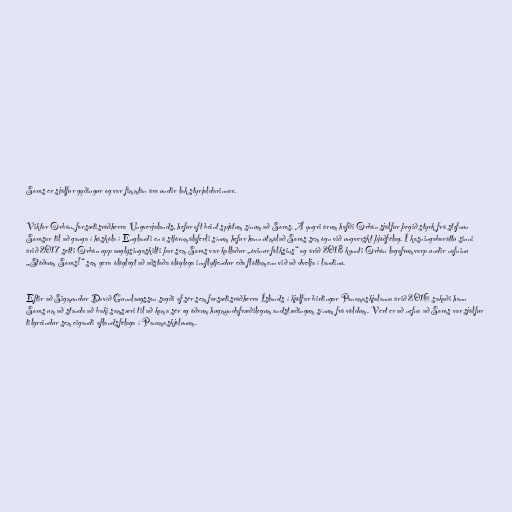
Soros er sjálfur gyðingur og var fimmtán ára undir lok styrjaldarinnar.

Viktor Orbán, forsætisráðherra Ungverjalands, hefur oft beint spjótum sínum að Soros. Á yngri árum hafði Orbán sjálfur þegið styrk frá stofnun
Sorosar til að ganga í háskóla í Englandi en á stjórnmálaferli sínum hefur hann útmálað Soros sem ógn við ungverskt þjóðfélag. Í kosningabaráttu sinni
árið 2017 setti Orbán upp auglýsingaskilti þar sem Soros var kallaður „óvinur fólksins“ og árið 2018 kynnti Orbán lagafrumvarp undir nafninu
„Stöðvum Soros!“ sem gera ólöglegt að aðstoða ólöglega innflytjendur eða flóttamenn við að dvelja í landinu.

Eftir að Sigmundur Davíð Gunnlaugsson sagði af sér sem forsætisráðherra Íslands í kjölfar birtingar Panamaskjalanna árið 2016 sakaði hann
Soros um að standa að baki samsæri til að koma sér og öðrum hugmyndafræðilegum andstæðingum sínum frá völdum. Vert er að nefna að Soros var sjálfur
tilgreindur sem eigandi aflandsfélaga í Panamaskjölunum.